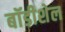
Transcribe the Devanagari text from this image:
बॉडीशेल